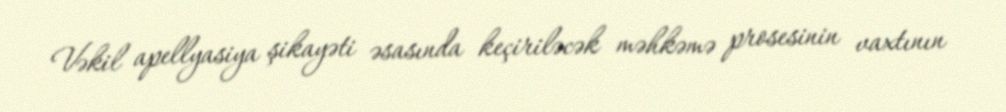
Vəkil apellyasiya şikayəti əsasında keçiriləcək məhkəmə prosesinin vaxtının